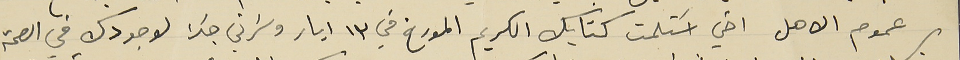
عموم الاهل اخي اسَتلمت كتابك الكريم المورخ في ١٣ ايار وسَرني جداَ لوجودك في الصحة